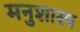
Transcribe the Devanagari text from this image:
मनुशास्त्र